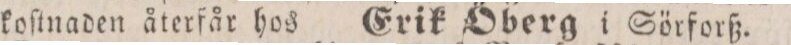
koſinaden återfår hos    Erik Öberg i Sörforß.